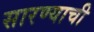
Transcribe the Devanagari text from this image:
सारण्याची